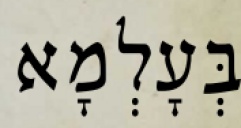
בְּעָלְמָא